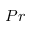
P r